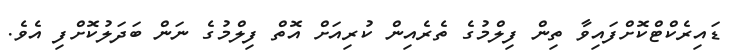
ޑައިރެކްޓްކޮށްފައިވާ ތިން ފިލްމުގެ ތެރެއިން ކުރިއަށް އޮތް ފިލްމުގެ ނަން ބަދަލުކޮށްފި އެވެ.